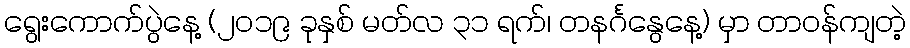
ရွေးကောက်ပွဲနေ့ (၂၀၁၉ ခုနှစ် မတ်လ ၃၁ ရက်၊ တနင်္ဂနွေနေ့) မှာ တာဝန်ကျတဲ့